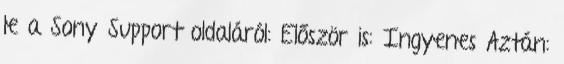
le a Sony Support oldaláról: Először is: Ingyenes Aztán: